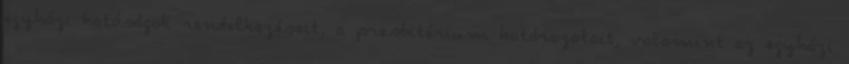
egyházi hatóságok rendelkezéseit, a presbitérium határozatait, valamint az egyházi